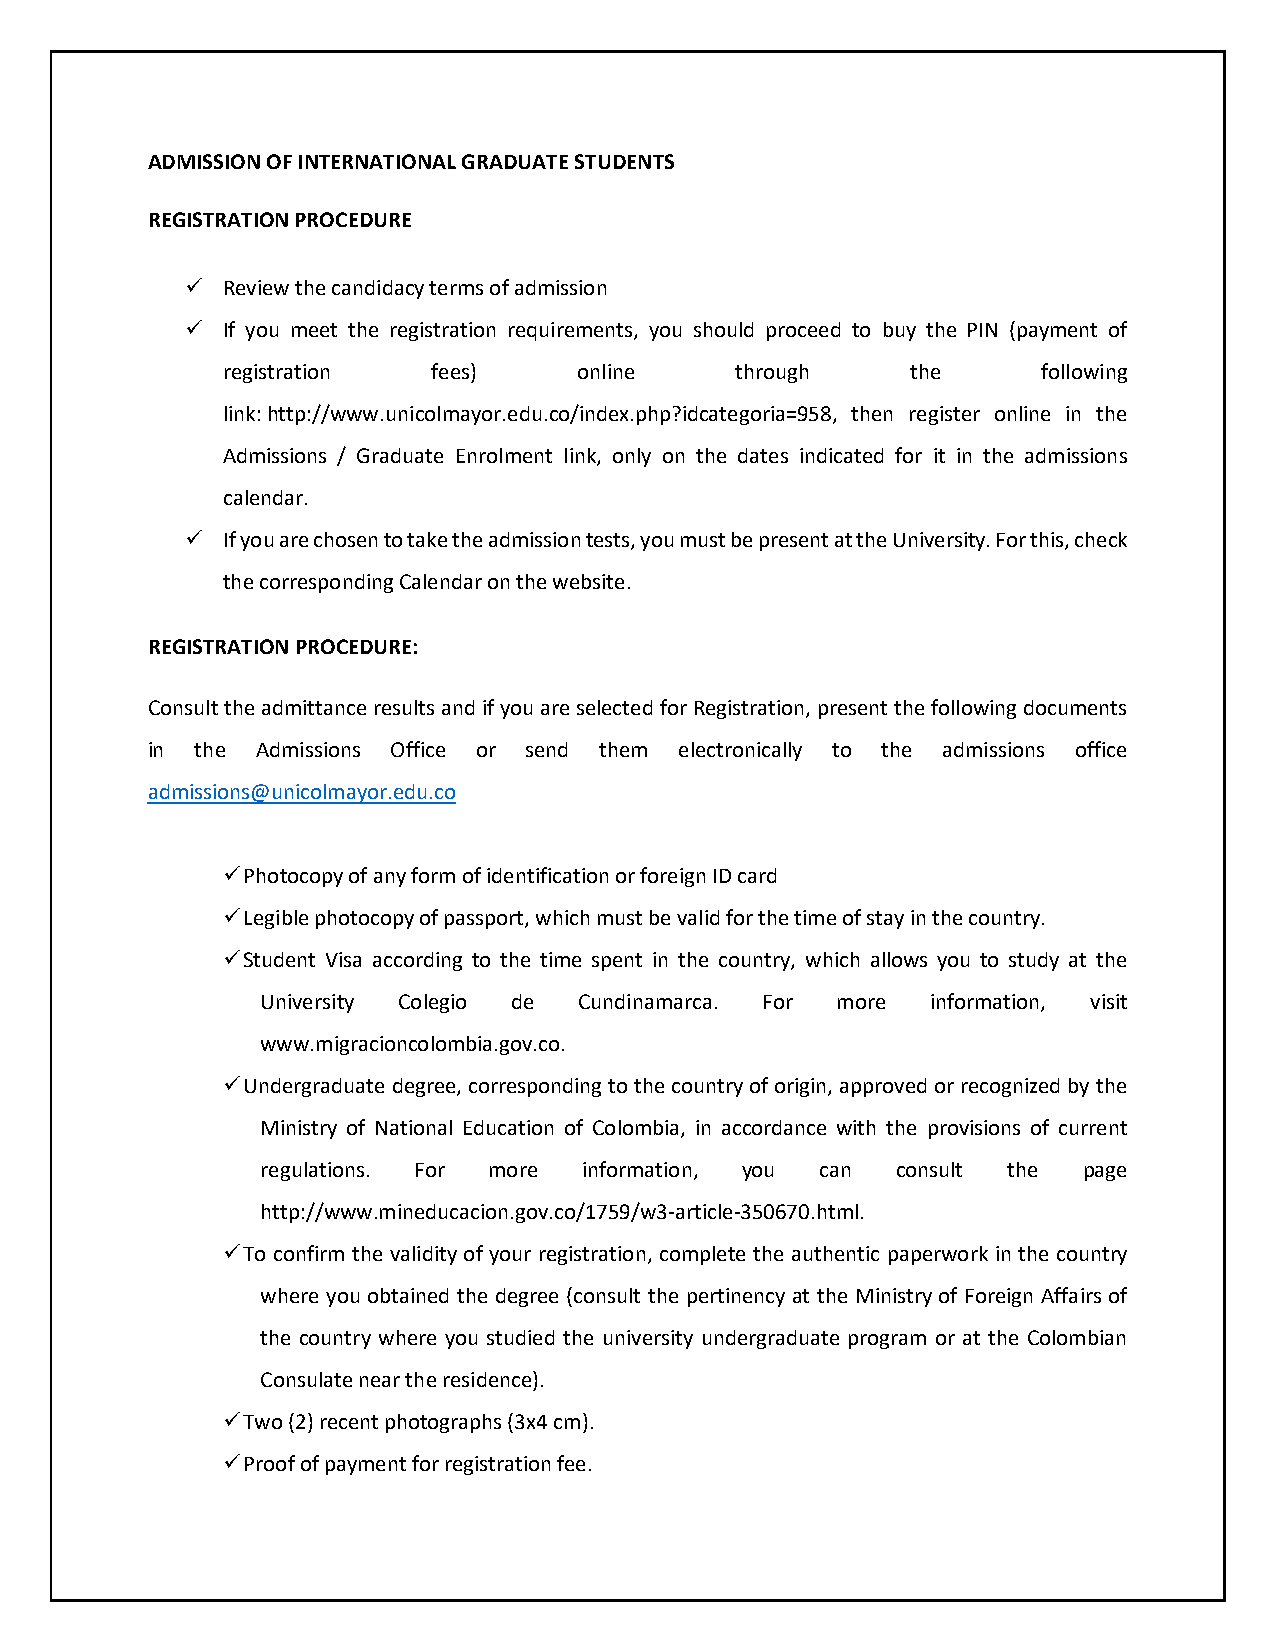
ADMISSION OF INTERNATIONAL GRADUATE STUDENTS
 REGISTRATION PROCEDURE
   Review the candidacy terms of admission
   If you meet the registration requirements, you should proceed to buy the PIN (payment of
 registration  fees)    online     through    the      following
 link: http://www.unicolmayor.edu.co/index.php?idcategoria=958, then register online in the
 Admissions / Graduate Enrolment link, only on the dates indicated for it in the admissions
 calendar.
   If you are chosen to take the admission tests, you must be present at the University. For this, check
 the corresponding Calendar on the website.
 REGISTRATION PROCEDURE:
 Consult the admittance results and if you are selected for Registration, present the following documents
 in the Admissions Office or send them electronically to the admissions office
 admissions@unicolmayor.edu.co
  Photocopy of any form of identification or foreign ID card
  Legible photocopy of passport, which must be valid for the time of stay in the country.
  Student Visa according to the time spent in the country, which allows you to study at the
 University Colegio de Cundinamarca. For more information, visit
 www.migracioncolombia.gov.co.
  Undergraduate degree, corresponding to the country of origin, approved or recognized by the
 Ministry of National Education of Colombia, in accordance with the provisions of current
 regulations. For more information, you can consult the page
 http://www.mineducacion.gov.co/1759/w3-article-350670.html.
  To confirm the validity of your registration, complete the authentic paperwork in the country
 where you obtained the degree (consult the pertinency at the Ministry of Foreign Affairs of
 the country where you studied the university undergraduate program or at the Colombian
 Consulate near the residence).
  Two (2) recent photographs (3x4 cm).
  Proof of payment for registration fee.